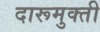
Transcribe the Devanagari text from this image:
दारूमुक्ती